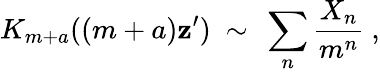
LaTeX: K_{m+a}((m+a)\mathbf{z}^{\prime})\ \sim\ \sum_{n}\frac{{X_{n}}}{{m^{n}}}\ ,